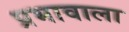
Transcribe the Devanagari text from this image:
प्रभावाला